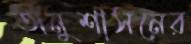
অনুশাসনের